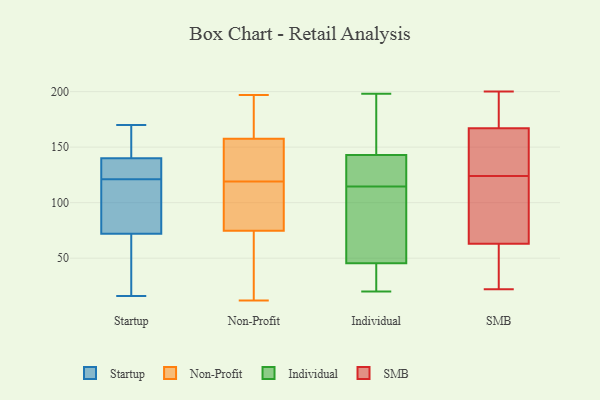
{"axis": {"x": "Humidity (%)", "y": "Value"}, "legend": ["Individual", "Non-Profit", "SMB", "Startup"], "data": [{"x": "", "y": 140, "type": "Startup"}, {"x": "", "y": 16, "type": "Startup"}, {"x": "", "y": 141, "type": "Startup"}, {"x": "", "y": 122, "type": "Startup"}, {"x": "", "y": 170, "type": "Startup"}, {"x": "", "y": 128, "type": "Startup"}, {"x": "", "y": 120, "type": "Startup"}, {"x": "", "y": 72, "type": "Startup"}, {"x": "", "y": 39, "type": "Startup"}, {"x": "", "y": 72, "type": "Startup"}, {"x": "", "y": 12, "type": "Non-Profit"}, {"x": "", "y": 95, "type": "Non-Profit"}, {"x": "", "y": 119, "type": "Non-Profit"}, {"x": "", "y": 133, "type": "Non-Profit"}, {"x": "", "y": 165, "type": "Non-Profit"}, {"x": "", "y": 155, "type": "Non-Profit"}, {"x": "", "y": 119, "type": "Non-Profit"}, {"x": "", "y": 88, "type": "Non-Profit"}, {"x": "", "y": 128, "type": "Non-Profit"}, {"x": "", "y": 197, "type": "Non-Profit"}, {"x": "", "y": 188, "type": "Non-Profit"}, {"x": "", "y": 35, "type": "Non-Profit"}, {"x": "", "y": 19, "type": "Non-Profit"}, {"x": "", "y": 198, "type": "Individual"}, {"x": "", "y": 33, "type": "Individual"}, {"x": "", "y": 72, "type": "Individual"}, {"x": "", "y": 62, "type": "Individual"}, {"x": "", "y": 125, "type": "Individual"}, {"x": "", "y": 58, "type": "Individual"}, {"x": "", "y": 149, "type": "Individual"}, {"x": "", "y": 20, "type": "Individual"}, {"x": "", "y": 135, "type": "Individual"}, {"x": "", "y": 28, "type": "Individual"}, {"x": "", "y": 137, "type": "Individual"}, {"x": "", "y": 188, "type": "Individual"}, {"x": "", "y": 26, "type": "Individual"}, {"x": "", "y": 137, "type": "Individual"}, {"x": "", "y": 81, "type": "Individual"}, {"x": "", "y": 174, "type": "Individual"}, {"x": "", "y": 170, "type": "Individual"}, {"x": "", "y": 104, "type": "Individual"}, {"x": "", "y": 128, "type": "Individual"}, {"x": "", "y": 29, "type": "Individual"}, {"x": "", "y": 90, "type": "SMB"}, {"x": "", "y": 73, "type": "SMB"}, {"x": "", "y": 132, "type": "SMB"}, {"x": "", "y": 159, "type": "SMB"}, {"x": "", "y": 200, "type": "SMB"}, {"x": "", "y": 169, "type": "SMB"}, {"x": "", "y": 63, "type": "SMB"}, {"x": "", "y": 155, "type": "SMB"}, {"x": "", "y": 173, "type": "SMB"}, {"x": "", "y": 116, "type": "SMB"}, {"x": "", "y": 22, "type": "SMB"}, {"x": "", "y": 167, "type": "SMB"}, {"x": "", "y": 142, "type": "SMB"}, {"x": "", "y": 76, "type": "SMB"}, {"x": "", "y": 25, "type": "SMB"}, {"x": "", "y": 61, "type": "SMB"}, {"x": "", "y": 51, "type": "SMB"}, {"x": "", "y": 196, "type": "SMB"}]}